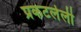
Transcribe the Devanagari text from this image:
प्रकटलेली